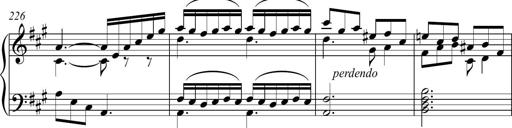
Title: Piano Sonatina in A major
Composer: Z Q Sysmoebius
Key: A major